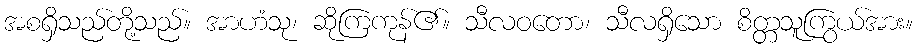
အစရှိသည်တို့သည်။ အာဟံသု၊ ဆိုကြကုန်၏။ သီလဝတော၊ သီလရှိသော စိတ္တသူကြွယ်အား။